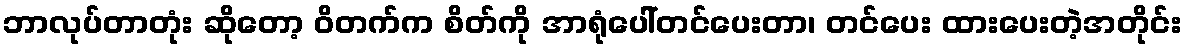
ဘာလုပ်တာတုံး ဆိုတော့ ဝိတက်က စိတ်ကို အာရုံပေါ်တင်ပေးတာ၊ တင်ပေး ထားပေးတဲ့အတိုင်း